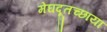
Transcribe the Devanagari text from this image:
मेघदूतच्छाया